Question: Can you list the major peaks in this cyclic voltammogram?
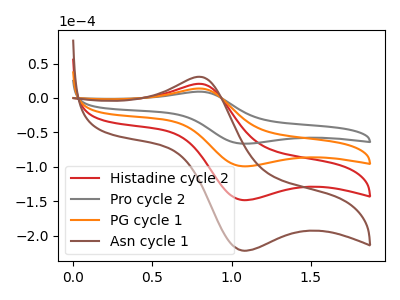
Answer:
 <answer>The red curve "Histadine cycle 2" has an anodic peak at (0.80V, 27.60uA) and a cathodic peak at (1.05V, -198.55uA). The gray curve "Pro cycle 2" has an anodic peak at (0.80V, 9.25uA) and a cathodic peak at (1.05V, -66.40uA). The orange curve "PG cycle 1" has an anodic peak at (0.80V, 13.80uA) and a cathodic peak at (1.05V, -99.25uA). The brown curve "Asn cycle 1" has an anodic peak at (0.80V, 41.45uA) and a cathodic peak at (1.05V, -297.80uA).</answer>
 <eval></eval>